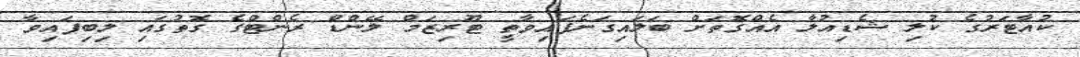
ކުއާޓަރުގެ ކުލި ޝެޑިއުލާ އެއްގޮތަށް ބަލައިގަނެފައިވާތީ ޓޫރިޒަމް ލޭންޑް ރެންޓްގެ ގޮތުގައި ލިބިފައިވާ